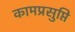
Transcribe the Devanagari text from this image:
कामप्रसुप्ति